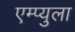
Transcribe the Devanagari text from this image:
एम्प्युला